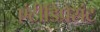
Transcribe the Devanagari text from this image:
एंटीडिप्रेसंट